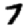
Digit: 7